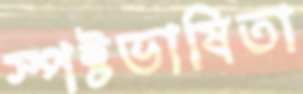
স্পষ্টভাষিতা